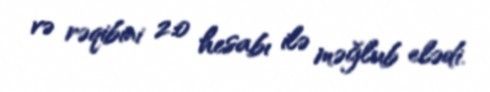
və rəqibini 2:0 hesabı ilə məğlub elədi.